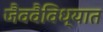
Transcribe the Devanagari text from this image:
जैववैविध्यात